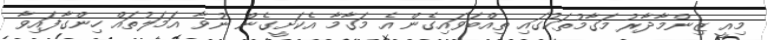
މިއީ ޒިންމާދާރު މަގާމުތަކުގައި ތިއްބަވައިގެން އެ މަގާމާ އެކަށީގެން ނުވާ އަމަލުތައް ހިންގާފައިވާ